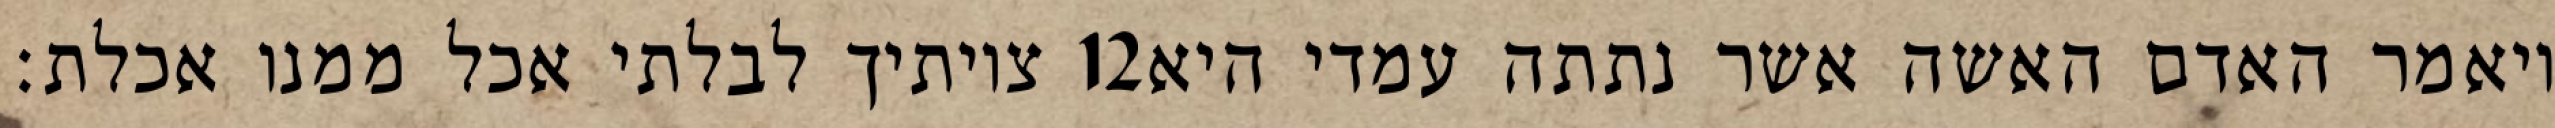
צויתיך לבלתי אכל ממנו אכלת׃ ‎12‏ ויאמר האדם האשה אשר נתתה עמדי היא